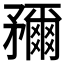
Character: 𥎖